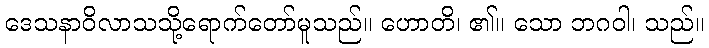
ဒေသနာဝိလာသသို့ရောက်တော်မူသည်။ ဟောတိ၊ ၏။ သော ဘဂဝါ၊ သည်။